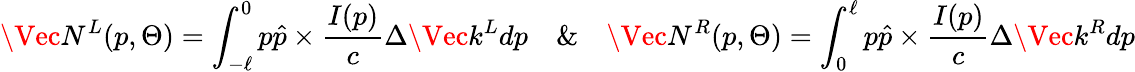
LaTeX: \Vec{N}^{L}(p,\Theta)=\int_{-\ell}^{0}p\hat{p}\times\frac{I(p)}{c}\Delta\Vec{k}^{L}dp\quad\& \quad\Vec{N}^{R}(p,\Theta)=\int_{0}^{\ell}p\hat{p}\times\frac{I(p)}{c}\Delta\Vec{k}^{R}dp